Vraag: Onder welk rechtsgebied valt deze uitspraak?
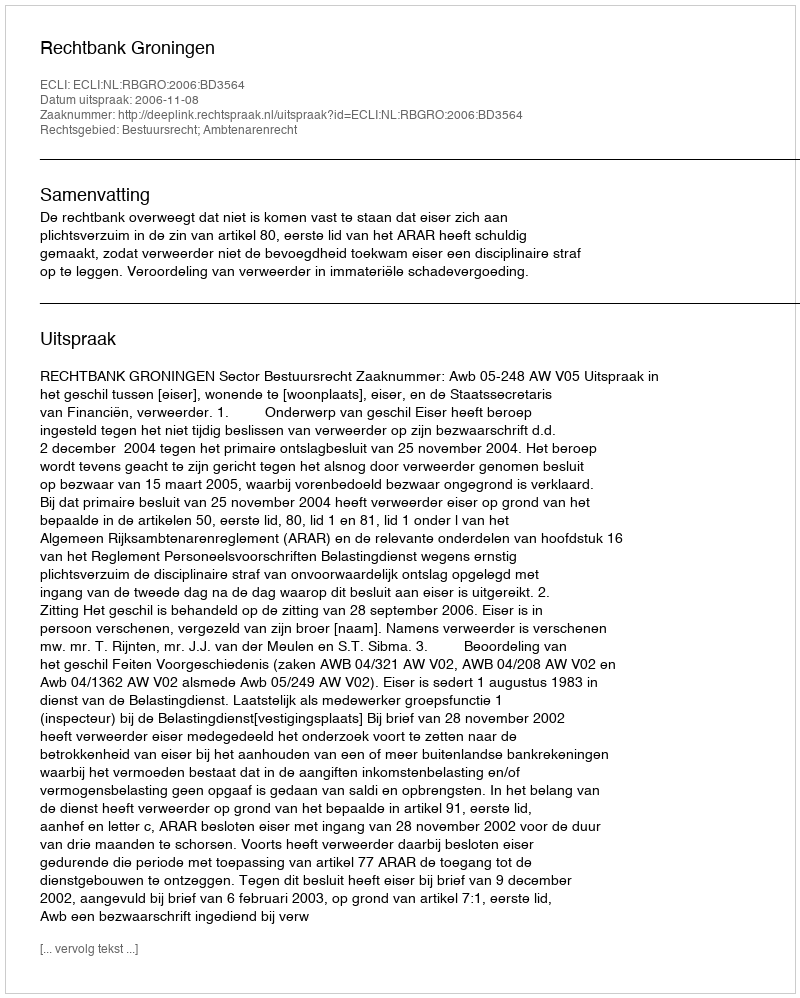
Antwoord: Bestuursrecht; Ambtenarenrecht